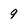
Character: 9